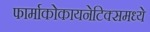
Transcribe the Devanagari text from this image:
फार्माकोकायनेटिक्समध्ये